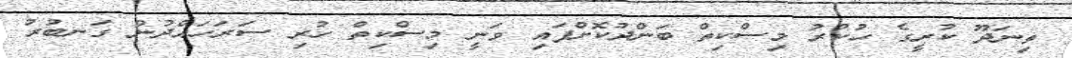
ތިނަދޫ ކުރީގެ ހުކުރު މިސްކިތް ބަންދުކޮށްފައި ވަނީ މިސްކިތް ހުރި ސަރަހައްދުން ގަނބުރު